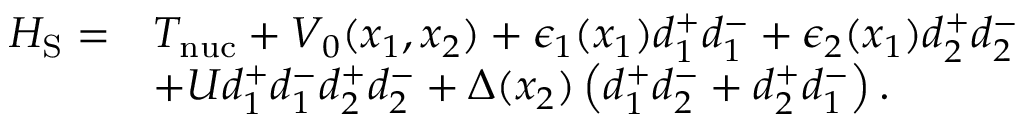
\begin{array} { r l } { H _ { \mathrm { S } } = } & { T _ { \mathrm { n u c } } + V _ { 0 } ( x _ { 1 } , x _ { 2 } ) + \epsilon _ { 1 } ( x _ { 1 } ) d _ { 1 } ^ { + } d _ { 1 } ^ { - } + \epsilon _ { 2 } ( x _ { 1 } ) d _ { 2 } ^ { + } d _ { 2 } ^ { - } } \\ & { + U d _ { 1 } ^ { + } d _ { 1 } ^ { - } d _ { 2 } ^ { + } d _ { 2 } ^ { - } + \Delta ( x _ { 2 } ) \left( d _ { 1 } ^ { + } d _ { 2 } ^ { - } + d _ { 2 } ^ { + } d _ { 1 } ^ { - } \right) . } \end{array}